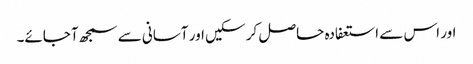
اور اس سے استعفادہ حاصل کر سکیں اور آسانی سے سمجھ آجائے۔